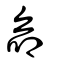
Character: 命